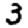
Digit: 3